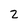
Character: 2